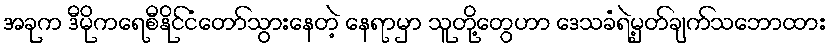
အခုက ဒီမိုကရေစီနိုင်ငံတော်သွားနေတဲ့ နေရာမှာ သူတို့တွေဟာ ဒေသခံရဲ့မှတ်ချက်သဘောထား